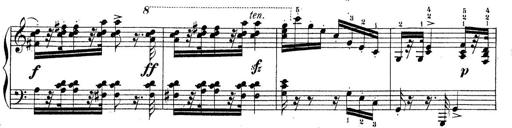
Title: Piano Sonatine No.2
Composer: Peter Piel
Key: G major